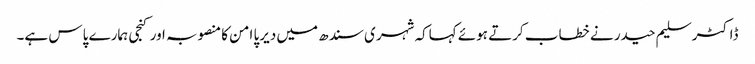
ڈاکٹر سلیم حیدر نے خطاب کرتے ہوئے کہاکہ شہری سندھ میں دیرپا امن کا منصوبہ اور کنجی ہمارے پاس ہے۔